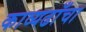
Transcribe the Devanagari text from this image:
काव्यढाँचा